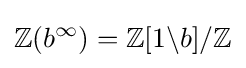
\mathbb {Z} (b^{\infty })=\mathbb {Z} [1\backslash b]/\mathbb {Z}